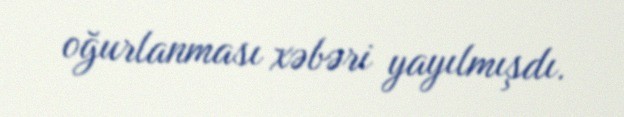
oğurlanması xəbəri yayılmışdı.